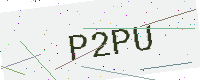
Text: P2PU